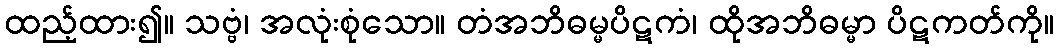
ထည့်ထား၍။ သဗ္ဗံ၊ အလုံးစုံသော။ တံအဘိဓမ္မပိဋကံ၊ ထိုအဘိဓမ္မာ ပိဋကတ်ကို။